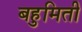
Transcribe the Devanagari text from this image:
बहुमिती